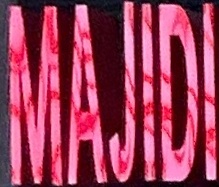
MAJIDI